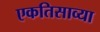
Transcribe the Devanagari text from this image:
एकतिसाव्या